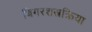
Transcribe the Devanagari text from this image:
बिगरशस्त्रक्रिया